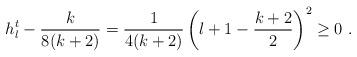
LaTeX: \begin{align*}h^t_l - \frac{k}{8(k+2)} = \frac{1}{4(k+2)}\left(l+1-\frac{k+2}{2}\right)^2 \geq 0 ~.\end{align*}